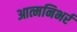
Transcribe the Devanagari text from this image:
आत्मनिभर्र